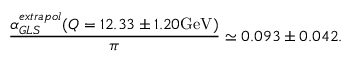
\frac { \alpha _ { G L S } ^ { e x t r a p o l } ( Q = 1 2 . 3 3 \pm 1 . 2 0 \mathrm { G e V } ) } { \pi } \simeq 0 . 0 9 3 \pm 0 . 0 4 2 .